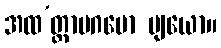
အထ’တ္ထာပဂမော ဗျယော။